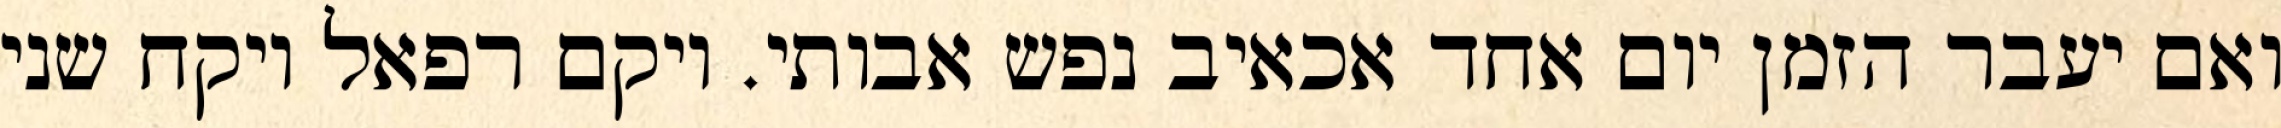
ואם יעבר הזמן יום אחד אכאיב נפש אבותי. ויקם רפאל ויקח שני